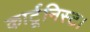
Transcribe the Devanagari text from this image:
कार्टूनिस्ट।